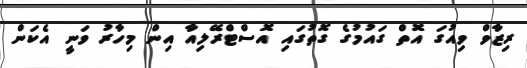
ރިޒާވް ވިއުގަ އޮތް ގައުމުގެ ގޮތުގައި އޮސްޓްރޭލިއާ އިން މިހާރު ވަނީ އެކަން